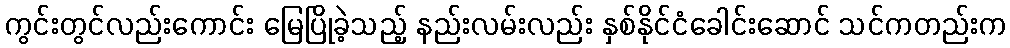
ကွင်းတွင်လည်းကောင်း မြေပြိုခဲ့သည့် နည်းလမ်းလည်း နှစ်နိုင်ငံခေါင်းဆောင် သင်ကတည်းက